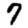
Digit: 7